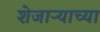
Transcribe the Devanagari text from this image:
शेजाऱ्याच्या